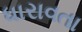
ધારાવતા